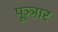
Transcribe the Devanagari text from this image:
पूञ्ञार